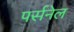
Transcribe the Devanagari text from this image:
पर्सनेल